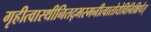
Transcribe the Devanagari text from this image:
गृहीत्वास्थीनितद्भस्मनीत्वातोयेविनिक्षिपेत्